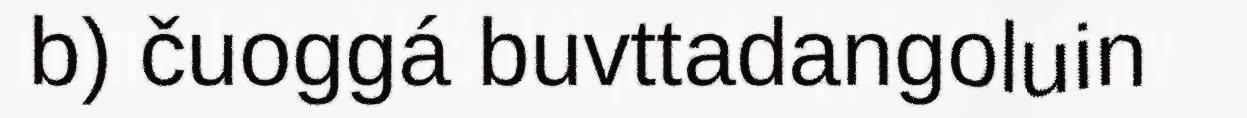
b) čuoggá buvttadangoluin